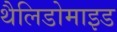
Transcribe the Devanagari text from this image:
थैलिडोमाइड